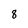
Character: 8